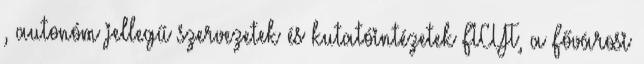
, autonóm jellegű szervezetek és kutatóintézetek FICYT, a Fővárosi